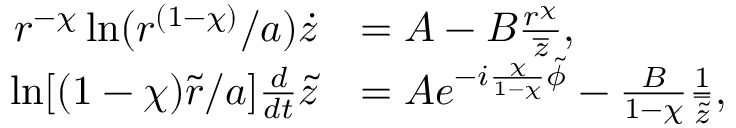
\begin{array} { r l } { r ^ { - \chi } \ln ( r ^ { ( 1 - \chi ) } / a ) \dot { z } } & { = A - B \frac { r ^ { \chi } } { \overline { { z } } } , } \\ { \ln [ ( 1 - \chi ) \tilde { r } / a ] \frac { d } { d t } \tilde { z } } & { = A e ^ { - i \frac { \chi } { 1 - \chi } \tilde { \phi } } - \frac { B } { 1 - \chi } \frac { 1 } { \overline { { \tilde { z } } } } , } \end{array}